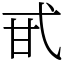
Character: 甙